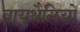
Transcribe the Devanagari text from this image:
वायुथैलियों